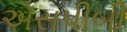
એસપીબી